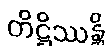
တိဋ္ဌိဿန္တိ